Report of the Municipal Commissioner on the plague in Bombay for the year ending 31st May... - Volume 3
Disease focus: Plague
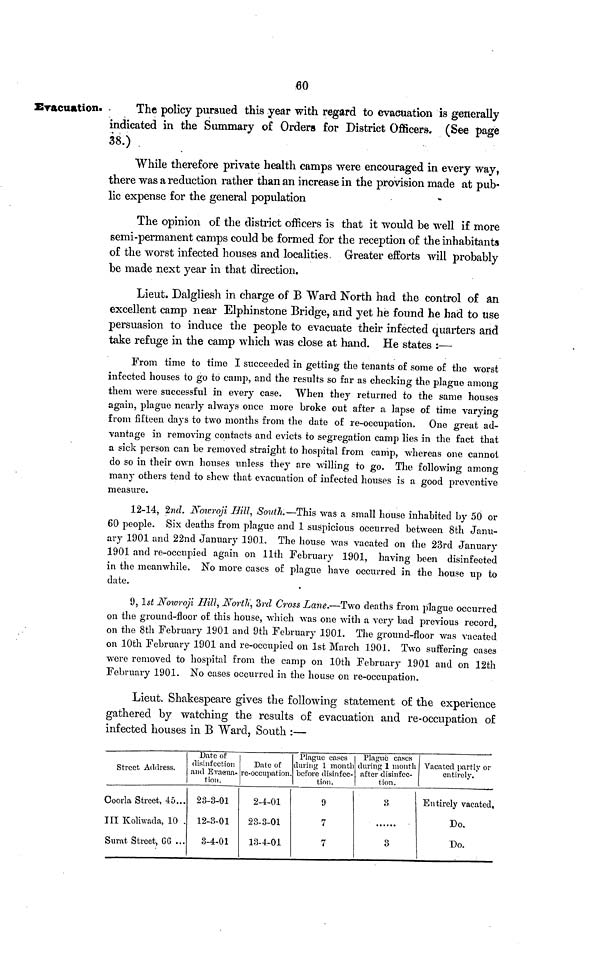
60
Evacuation.
The policy pursued this year with regard to evacuation is generally
indicated in the Summary o£ Orders for District Officers. (See page
38.)
While therefore private health camps were encouraged in every way,
there was a reduction rather than an increase in the provision made at pub-
lic expense for the general population
The opinion of the district officers is that it would be well if more
semi-permanent camps could be formed for the reception of the inhabitants
of the worst infected houses and localities. Greater efforts will probably
be made next year in that direction.
Lieut. Dalgliesh in charge of B Ward North had the control of an
excellent camp near Elphinstone Bridge, and yet he found he had to use
persuasion to induce the people to evacuate their infected quarters and
take refuge in the camp which was close at hand. He states :—
From time to time I succeeded in getting the tenants of some of the worst
infected houses to go to camp, and the results so far as checking the plague among
them were successful in every case. When they returned to the same houses
again, plague nearly always once more broke out after a lapse of time varying
from fifteen days to two months from the date of re-occupation. One great ad-
vantage in removing contacts and evicts to segregation camp» lies in the fact that
a sick person can be removed straight to hospital from camp, whereas one cannot
do so in their own houses unless they are willing to go. The following among
many others tend to shew that evacuation of infected houses is a good preventive
measure.
12-14, 2nd. Nowroji Hill, Smith.—This was a small house inhabited by 50 or
60 people. Six deaths from plague and 1 suspicious occurred between 8th Janu-
ary 1901 and 22nd January 1901. The house was vacated on the 23rd January
1901 and re-occupied again on 11th February 1901, having been disinfected
in the meanwhile. No more cases of plague have occurred in the house up to
date.
9, 1st Nowroji Hill, North, 3rd Cross Lane.—Two deaths from plague occurred
on the ground-floor of this house, which was one with a very bad previous record,
on the 8th February 1901 and 9th February 1901. The ground-floor was vacated
on 10th February 1901 and re-occupied on 1st March 1901. Two suffering cases
were removed to hospital from the camp on 10th February 1901 and on 12th
February 1901. No cases occurred in the house on re-occupation.
Lieut. Shakespeare gives the following statement of the experience
gathered by watching the results of evacuation and re-occupation of
infected houses in B Ward, South :—
Street Address.
Coorla Street, 45...
III Koliwada, 10
Surat Street, 66 ...
Date of
disinfection
and Evacua-
tion.
23-3-01
12-3-01
3-4-01
Date of
re-occupation.
2-4-01
23-3-01
13-4-01
Plague cases
during 1 month
before disinfec-
tion.
9
7
7
Plague cases
during 1 month
after disinfec-
tion.
3
.....
3
Vacated partly or
entirely.
Entirely vacated,
Do.
Do.